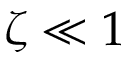
\zeta \ll 1